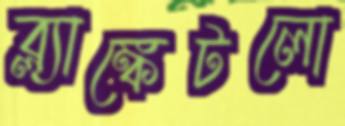
ব্ল্যাঙ্কেটলো